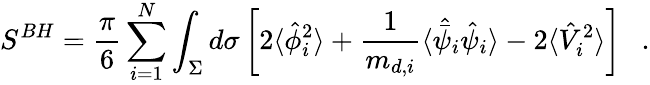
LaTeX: S^{BH}={\frac{\pi}{6}}\sum_{i=1}^{N}\int_{\Sigma}d\sigma\left[2\langle\hat{\phi}_{i}^{2}\rangle+{\frac{1}{m_{d,i}}}\langle\hat{\bar{\psi}}_{i}\hat{\psi}_{i}\rangle-2\langle\hat{V}_{i}^{2}\rangle\right]~~~.